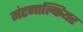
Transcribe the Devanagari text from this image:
मंटगाल्फियर